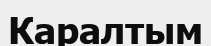
Каралтым